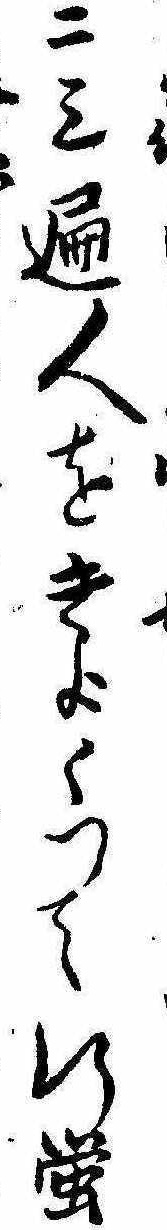
二三遍人をきよくつて行蛍